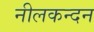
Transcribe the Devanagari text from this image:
नीलकन्दन